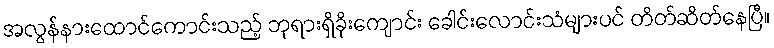
အလွန်နားထောင်ကောင်းသည့် ဘုရားရှိခိုးကျောင်း ခေါင်းလောင်းသံများပင် တိတ်ဆိတ်နေပြီ။